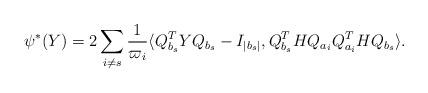
LaTeX: \begin{align*}\psi^*(Y) =2\displaystyle \sum_{i \ne s}\displaystyle \frac{1}{\varpi_i} \langle Q^T_{b_s}YQ_{b_s}-I_{|b_s|}, Q_{b_s}^THQ_{a_i}Q_{a_i}^THQ_{b_s} \rangle. \end{align*}